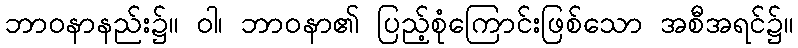
ဘာဝနာနည်း၌။ ဝါ၊ ဘာဝနာ၏ ပြည့်စုံကြောင်းဖြစ်သော အစီအရင်၌။